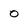
Character: o